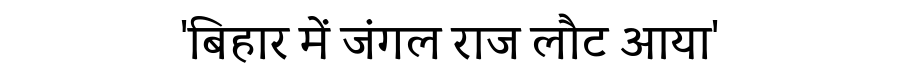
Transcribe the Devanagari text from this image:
'बिहार में जंगल राज लौट आया'